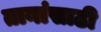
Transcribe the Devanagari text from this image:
तानांसाठी